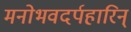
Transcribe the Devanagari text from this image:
मनोभवदर्पहारिन्